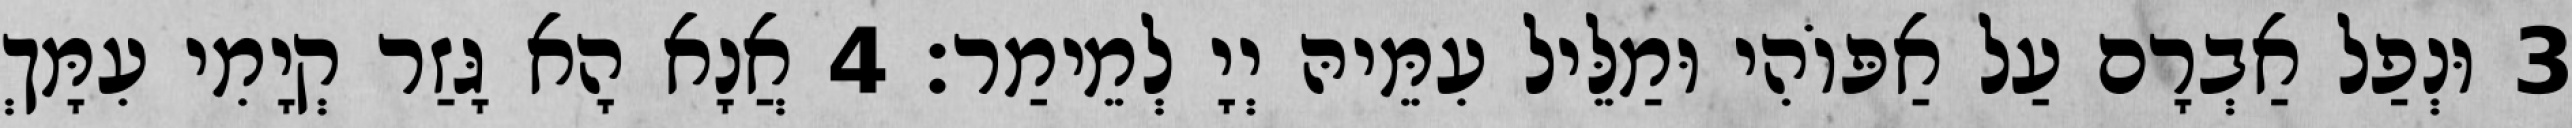
3 וּנְפַל אַבְרָם עַל אַפּוֹהִי וּמַלֵּיל עִמֵּיהּ יְיָ לְמֵימַר׃ 4 אֲנָא הָא גָּזַר קְיָמִי עִמָּךְ